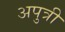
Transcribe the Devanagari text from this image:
अपुत्री